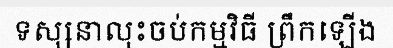
ទស្សនាលុះចប់កម្មវិធី ព្រឹកឡើង